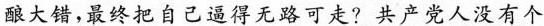
酿大错，最终把自己逼得无路可走？共产党人没有个